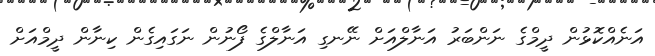
އަނެއްކޮޅުން ދީމްގެ ނަންބަރު އަނާލްއަށް ނޭނގި އަނާލްގެ ފޯނުން ނަގައިގެން ކިނާން ދީމްއަށް